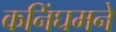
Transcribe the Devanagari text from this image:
कनिंघमने